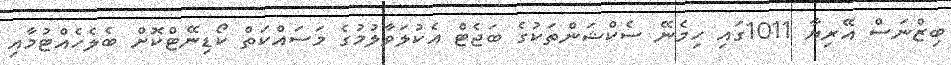
ބިޒްނަސް އޭރިޔާ 1011ގައި ހިމެނޭ ސެކްޝަންތަކުގެ ބަޖެޓް އެކުލަވާލުމުގެ މަސައްކަތް ކޯޑިނޭޓްކޮށް ބެލެހެއްޓުމާއި